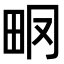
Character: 𤱆